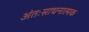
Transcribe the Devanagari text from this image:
अंतःसाधनात्मक